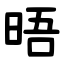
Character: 晤